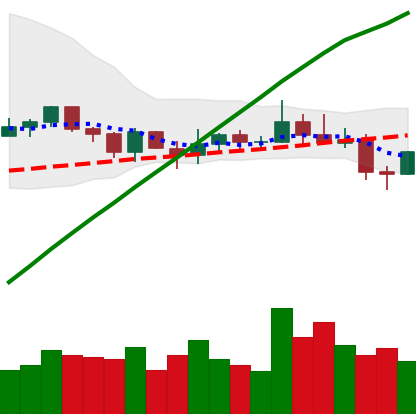
Ticker: XLM-USD
Chart end date: 2021-03-26
Forward return: 6.037%
Label: up_5_7